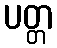
ပတ္တ